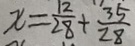
x = \frac { 1 2 } { 2 8 } + \frac { 3 5 } { 2 8 }